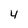
Character: 4